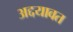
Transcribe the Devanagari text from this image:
अद्दयावत